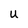
Character: U